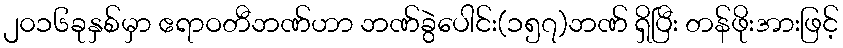
၂၀၁၆ခုနှစ်မှာ ဧရာဝတီဘဏ်ဟာ ဘဏ်ခွဲပေါင်း(၁၅၇)ဘဏ် ရှိပြီး တန်ဖိုးအားဖြင့်